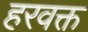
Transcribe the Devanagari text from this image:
हरवक्त